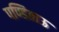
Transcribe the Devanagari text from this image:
पण्डिताऊ